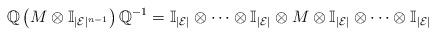
LaTeX: \begin{align*}\mathbb{Q}\left(M\otimes\mathbb{I}_{|\mathcal{E}|^{n-1}}\right)\mathbb{Q}^{-1}=\mathbb{I}_{|\mathcal{E}|}\otimes\dots\otimes\mathbb{I}_{|\mathcal{E}|}\otimes M\otimes \mathbb{I}_{|\mathcal{E}|}\otimes\dots\otimes\mathbb{I}_{|\mathcal{E}|}\end{align*}